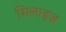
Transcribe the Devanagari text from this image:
मिलाइज़